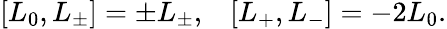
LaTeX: [L_{0},L_{\pm}]=\pm L_{\pm},\; \; \; [L_{+},L_{-}]=-2L_{0}.